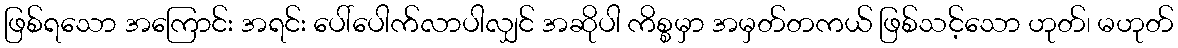
ဖြစ်ရသော အကြောင်း အရင်း ပေါ်ပေါက်လာပါလျှင် အဆိုပါ ကိစ္စမှာ အမှတ်တကယ် ဖြစ်သင့်သော ဟုတ်၊ မဟုတ်